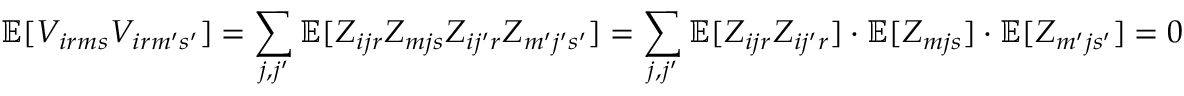
\mathbb { E } [ V _ { i r m s } V _ { i r m ^ { \prime } s ^ { \prime } } ] = \sum _ { j , j ^ { \prime } } \mathbb { E } [ Z _ { i j r } Z _ { m j s } Z _ { i j ^ { \prime } r } Z _ { m ^ { \prime } j ^ { \prime } s ^ { \prime } } ] = \sum _ { j , j ^ { \prime } } \mathbb { E } [ Z _ { i j r } Z _ { i j ^ { \prime } r } ] \cdot \mathbb { E } [ Z _ { m j s } ] \cdot \mathbb { E } [ Z _ { m ^ { \prime } j s ^ { \prime } } ] = 0